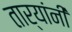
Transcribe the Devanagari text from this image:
तार्‍यांनी